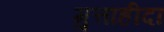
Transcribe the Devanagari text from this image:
मुत्ताहीदा